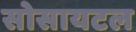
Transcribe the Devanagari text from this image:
सोसायटल